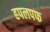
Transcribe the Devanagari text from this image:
हपलपफ